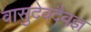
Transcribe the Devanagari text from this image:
वासुदेवदैवज्ञ